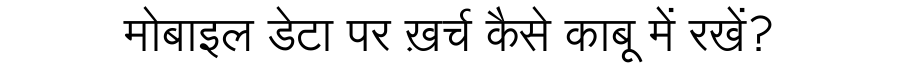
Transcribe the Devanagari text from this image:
मोबाइल डेटा पर ख़र्च कैसे काबू में रखें?